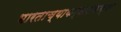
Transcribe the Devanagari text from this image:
भारताच्याकर्नाटकच्या